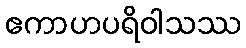
ဧကာဟပရိဝါသဿ